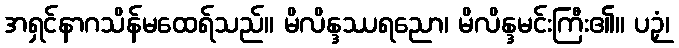
အရှင်နာဂသိန်မထေရ်သည်။ မိလိန္ဒဿရညော၊ မိလိန္ဒမင်းကြီး၏။ ပဉှံ၊